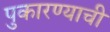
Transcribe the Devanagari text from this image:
पुकारण्याची